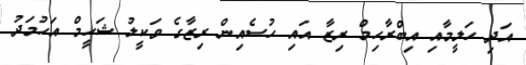
އަދި ހަލީމާއި އިބްރާހިމް ރިޒާ އައި ހުސެއިން ރިޒާގެ ވަކީލު ޝަހީމް އަހުމަދު